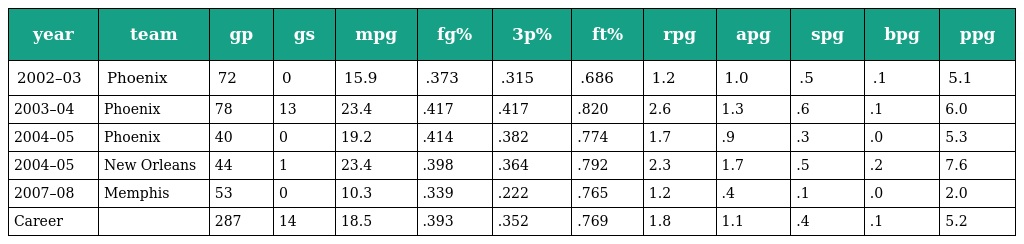
| year | team | gp | gs | mpg | fg% | 3p% | ft% | rpg | apg | spg | bpg | ppg |
 | --- | --- | --- | --- | --- | --- | --- | --- | --- | --- | --- | --- | --- |
 | 2002–03 | Phoenix | 72 | 0 | 15.9 | .373 | .315 | .686 | 1.2 | 1.0 | .5 | .1 | 5.1 |
 | 2003–04 | Phoenix | 78 | 13 | 23.4 | .417 | .417 | .820 | 2.6 | 1.3 | .6 | .1 | 6.0 |
 | 2004–05 | Phoenix | 40 | 0 | 19.2 | .414 | .382 | .774 | 1.7 | .9 | .3 | .0 | 5.3 |
 | 2004–05 | New Orleans | 44 | 1 | 23.4 | .398 | .364 | .792 | 2.3 | 1.7 | .5 | .2 | 7.6 |
 | 2007–08 | Memphis | 53 | 0 | 10.3 | .339 | .222 | .765 | 1.2 | .4 | .1 | .0 | 2.0 |
 | Career |  | 287 | 14 | 18.5 | .393 | .352 | .769 | 1.8 | 1.1 | .4 | .1 | 5.2 |